Annual administration report of the Civil Veterinary Department, Ajmere-Merwara, British Rajputana - 1914-1940
Year: 1914
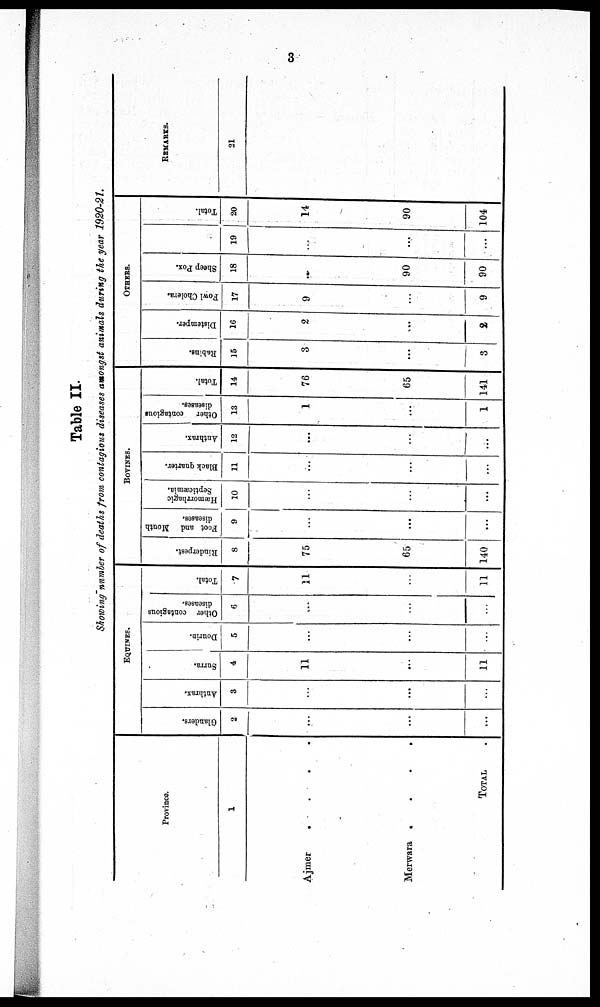
3
Table II.
Showing number of deaths from contagious diseases amongst animals during the year 1920-21.
Province.
1
Ajmer
.
.
.
.
Merwara
.
.
.
.
TOTAL .
EQUINES.
Glanders.
2
...
...
...
Anthrax.
3
...
...
...
Surra.
4
11
...
11
Dourin.
5
...
...
...
Other contagious
diseases.
6
...
...
...
Total.
7
11
...
11
BOVINES.
Rinderpest.
8
75
65
140
Foot and Mouth
diseases.
9
...
...
...
Hæmorrhagic
Septicæmia.
10
...
...
...
Black quarter.
11
...
...
...
Anthrax.
12
...
...
...
Other
contagious
diseases.
13
1
...
1
Total.
14
76
65
141
OTHERS.
Rabins.
15
3
...
3
Distemper.
16
2
...
2
Fowl Cholera.
17
9
...
9
Sheep Pox.
18
...
90
90
19
...
...
...
Total.
20
14
90
104
REMARKS.
21